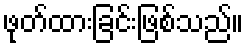
ဖုတ်ထားခြင်းဖြစ်သည်။